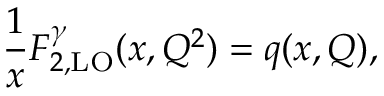
\frac { 1 } { x } F _ { 2 , \mathrm { L O } } ^ { \gamma } ( x , Q ^ { 2 } ) = q ( x , Q ) ,